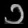
Digit: ၁